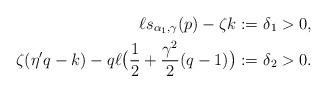
LaTeX: \begin{align*}\ell s_{\alpha_1,\gamma}(p)-\zeta k:=&\ \delta_1>0,\\\zeta(\eta' q -k)-q\ell \big(\frac{1}{2}+\frac{\gamma^2}{2}(q-1)\big):=&\ \delta_2>0.\end{align*}